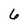
Character: 6